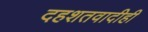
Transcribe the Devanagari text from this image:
दहशतवादीही